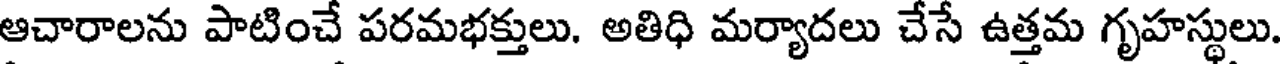
ఆచారాలను పాటించే పరమభక్తులు. అతిధి మర్యాదలు చేసే ఉత్తమ గృహస్థులు.